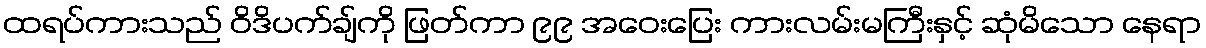
ထရပ်ကားသည် ဝိဒိပက်ချ်ကို ဖြတ်ကာ ၉၉ အဝေးပြေး ကားလမ်းမကြီးနှင့် ဆုံမိသော နေရာ